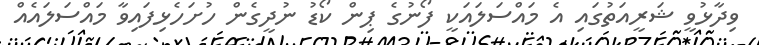
ވިދާޅުވީ ޝަރީއަތުގައި އެ މައްސަލައަކީ ފޯނުގެ ޕިން ކޯޑު ނުދީގެން ހުށަހެޅިފައިވާ މައްސަލައެއް